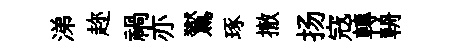
涕趂禍亦鸑琢撤扬𡨥轉輈